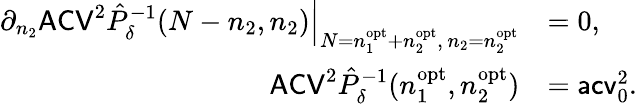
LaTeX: \begin{array}{rl}{\partial_{n_{2}}\mathsf{ACV}^{2}\hat{P}_{\delta}^{-1}(N-n_{2},n_{2})\Big|_{N=n_{1}^{\mathrm{opt}}+n_{2}^{\mathrm{opt}},\, n_{2}=n_{2}^{\mathrm{opt}}}}&{=0,}\\ {\mathsf{ACV}^{2}\hat{P}_{\delta}^{-1}(n_{1}^{\mathrm{opt}},n_{2}^{\mathrm{opt}})}&{=\mathsf{acv}_{0}^{2}.}\end{array}